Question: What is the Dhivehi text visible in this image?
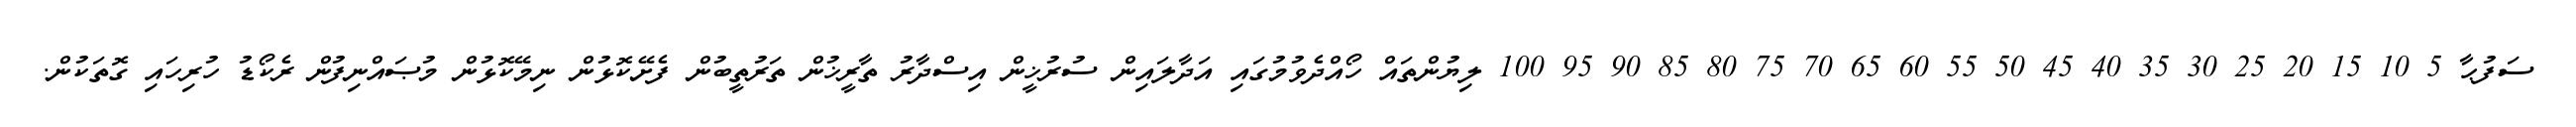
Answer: ސަފުޙާ 5 10 15 20 25 30 35 40 45 50 55 60 65 70 75 80 85 90 95 100 ލިޔުންތައް ހޯއްދެވުމުގައި އަދާލައިން ސުރުޚީން އިސްދާރު ތާރީޚުން ތަރުތީބުން ފެށޭކޮޅުން ނިމޭކޮޅުން މުޞައްނިފުން ރެކޯޑު ހުރިހައި ގޮތަކުން.